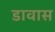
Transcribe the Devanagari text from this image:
डावास